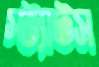
স্ট্যাটস